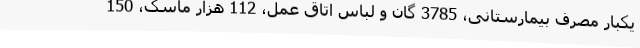
یکبار مصرف بیمارستانی، 3785 گان و لباس اتاق عمل، 112 هزار ماسک، 150